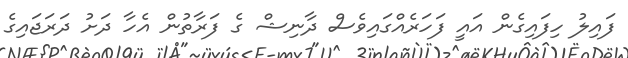
ފައިލު ހިފައިގެން އައީ ފަހަރެއްގައިވެސް ދާނިޝް ގެ ފަރާތުން އެހާ ދަށު ދަރަޖައިގެ